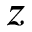
z